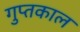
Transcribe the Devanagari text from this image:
गुप्‍तकाल